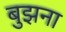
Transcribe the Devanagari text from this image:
बुझना